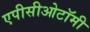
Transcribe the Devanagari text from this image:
एपीसीओटॉमी